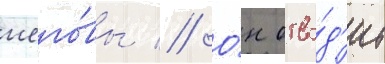
иего́вы // О́н отво́д'ит